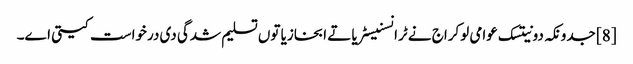
[8] جدونکہ دونیتسک عوامی لوکراج نے ٹرانسنیسٹریا تے ابخازیا توں تسلیم شدگی دی درخواست کیتی اے۔